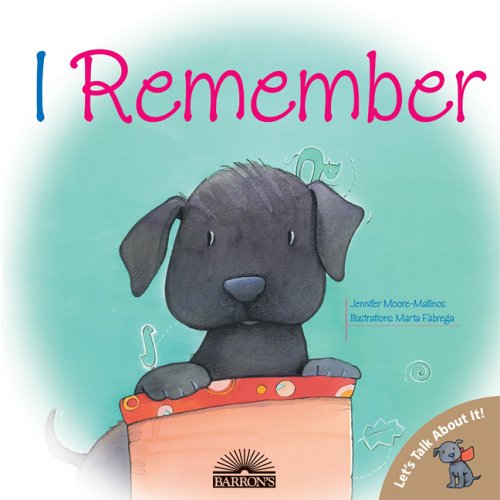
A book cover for I Remember (Let's Talk About It! Books); Jennifer Moore-Mallinos; Crafts, Hobbies & Home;